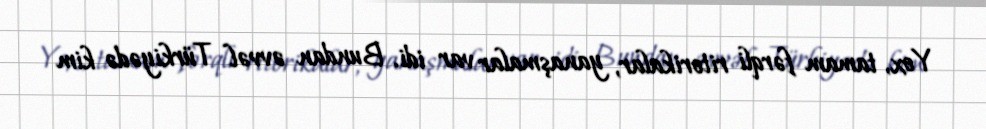
Yox, tamam fərqli ritorikalar, yanaşmalar var idi. Bundan əvvəl Türkiyədə kim